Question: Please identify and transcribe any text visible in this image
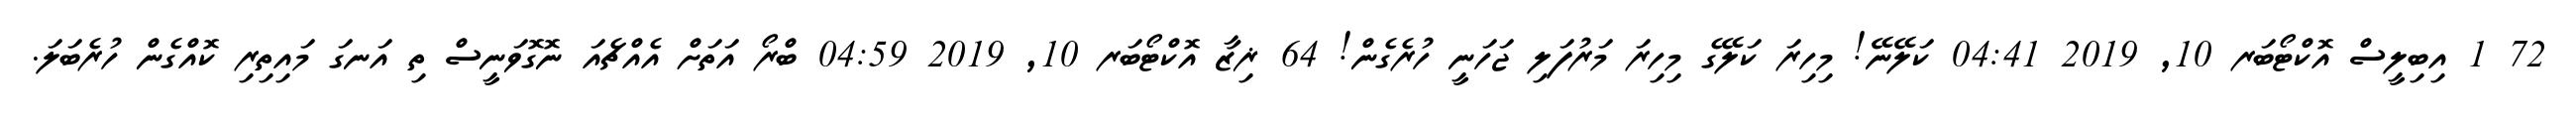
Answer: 72 1 އިބިލީސް އޮކްޓޯބަރ 10, 2019 04:41 ކަލޭނޭ! މިހިރަ ކަލޭގެ މިހިރަ މަރުފަލި ޖަހަނީ ހުރެގެން! 64 ޜިޒާ އޮކްޓޯބަރ 10, 2019 04:59 ބްރޯ އަތަށް އެއްޗެއަ ނޮގޮވަނީސް ތި އަނގަ މައިތިރި ކޮއްގެން ހުރެބަލަ.